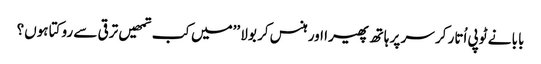
بابا نے ٹوپی اُتار کر سر پر ہاتھ پھیرا اور ہنس کر بولا ’’میں کب تمھیں ترقی سے روکتا ہوں؟